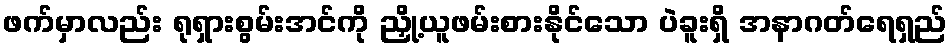
ဖက်မှာလည်း ရုရှားစွမ်းအင်ကို ညှို့ယူဖမ်းစားနိုင်သော ပဲခူးရှိ အနာဂတ်ရေရှည်